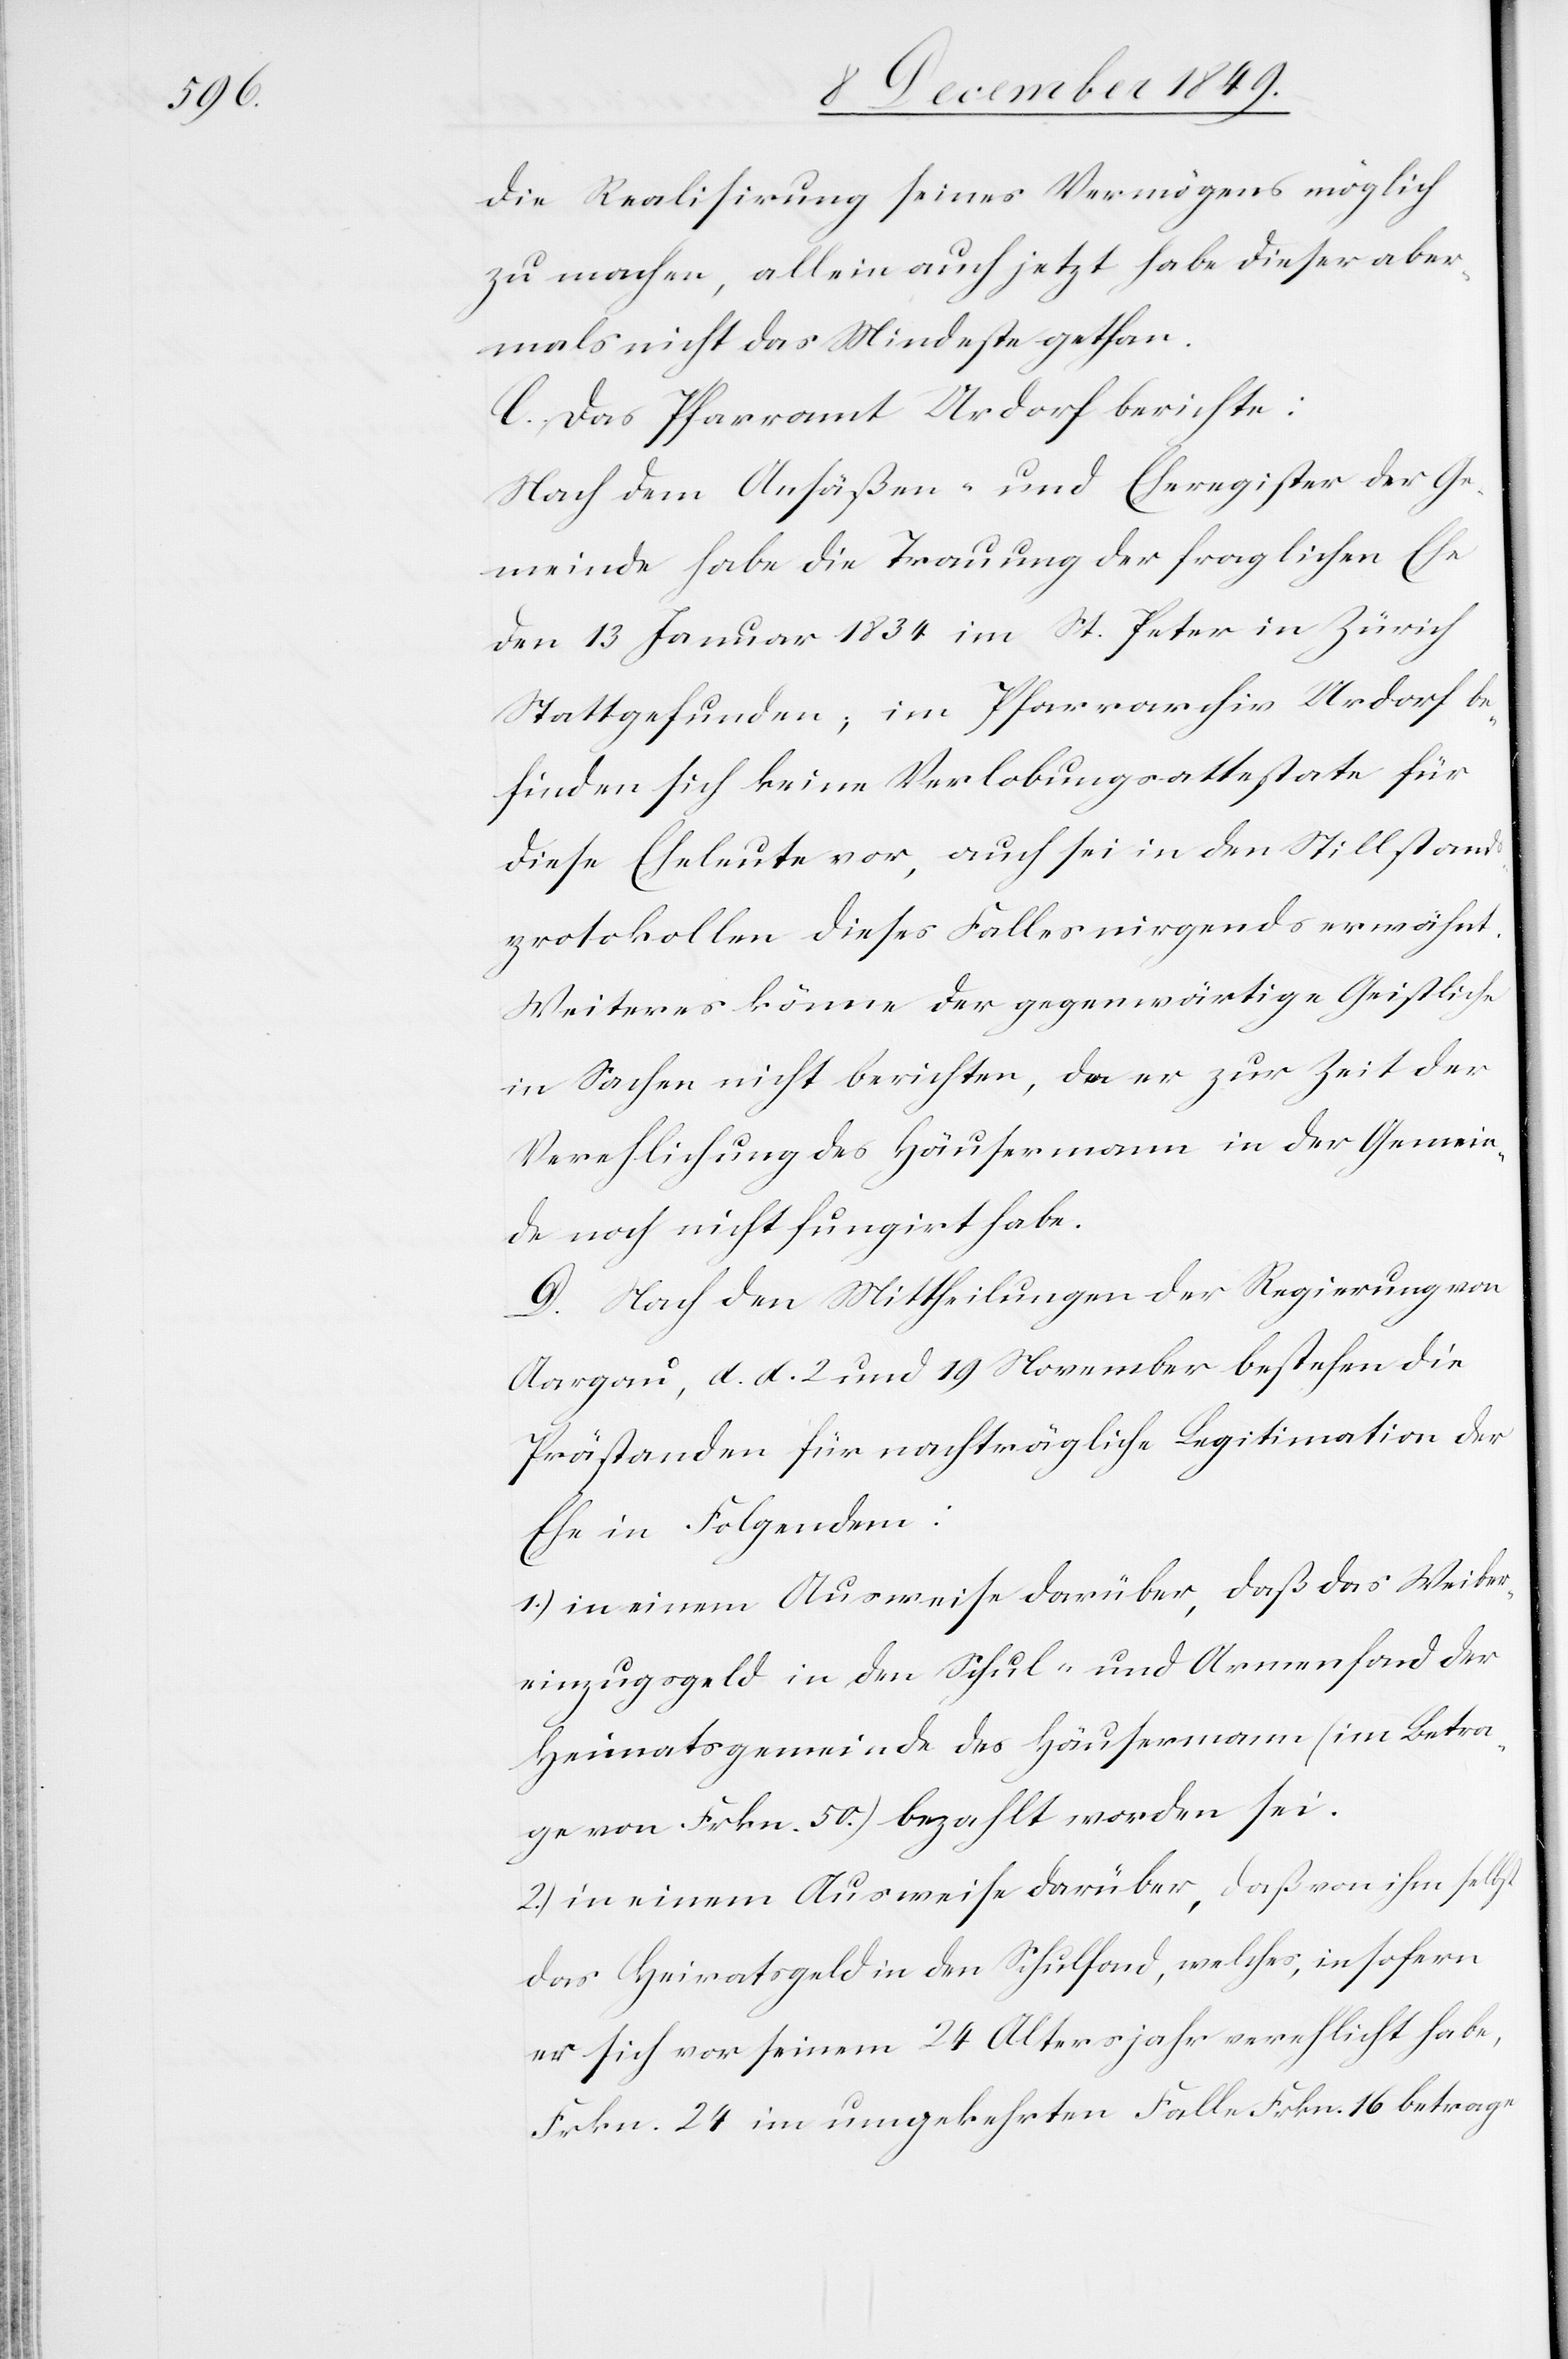
die Realisirung seines Vermögens möglich
zu machen, allein auch jetzt, habe dieser aber¬
mals nicht das Mindeste gethan.
C. Das Pfarramt Urdorf berichte:
Nach den Ansäßen- und Eheregister der Ge¬
meinde habe die Trauung der fraglichen Ehe
den 13 Januar 1834 im St. Peter in Zürich
Stattgefunden; im Pfarrarchiv Urdorf be¬
finden sich keine Verlobungsattestate für
diese Eheleute vor, auch sei in den Stillstands¬
protokollen dieses Falles nirgends erwähnt.
Weiteres könne der gegenwärtige Geistliche
in Sachen nicht berichten, da er zur Zeit der
Verehlichung des Häusermann in der Gemein¬
de noch nicht fungirt habe.
D. Nach den Mittheilungen der Regierung von
Aargau, d. d. 2 und 19 November bestehen die
Prästanden für nachträgliche Legitimation der
Ehe in Folgendem:
1.) in einem Ausweise darüber, daß das Weiber¬
einzugsgeld in den Schul- und Armenfond der
Heimatsgemeinde des Häusermann (im Betra¬
ge von Frkn. 50) bezahlt worden sei.
2.) in einem Ausweise darüber, daß von ihm selbst
das Heimatsgeld in den Schulfond, welches, insofern
er sich vor seinem 24 Altersjahr verehlicht habe,
Frkn. 24 im umgekehrten Falle Frkn. 16 betrage